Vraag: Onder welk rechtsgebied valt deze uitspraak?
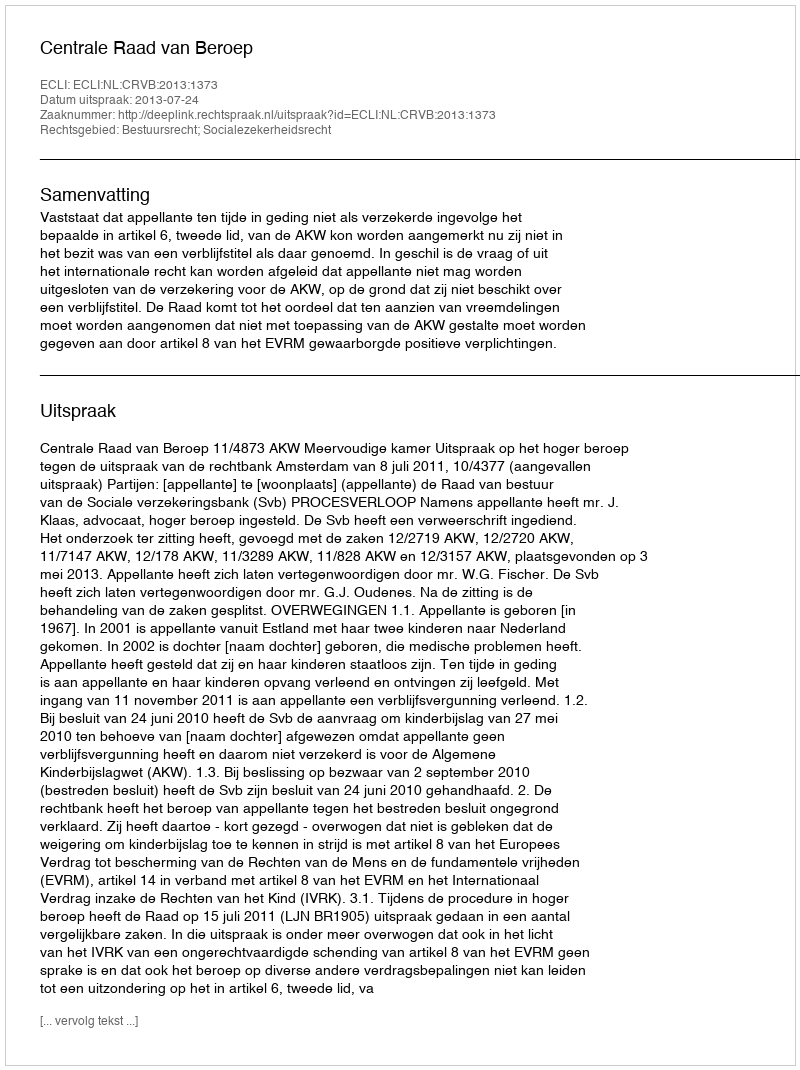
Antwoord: Bestuursrecht; Socialezekerheidsrecht